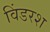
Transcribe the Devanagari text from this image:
विंडरश